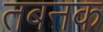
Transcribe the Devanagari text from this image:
तबनक